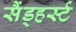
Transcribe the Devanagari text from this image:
सैंड्हर्स्ट